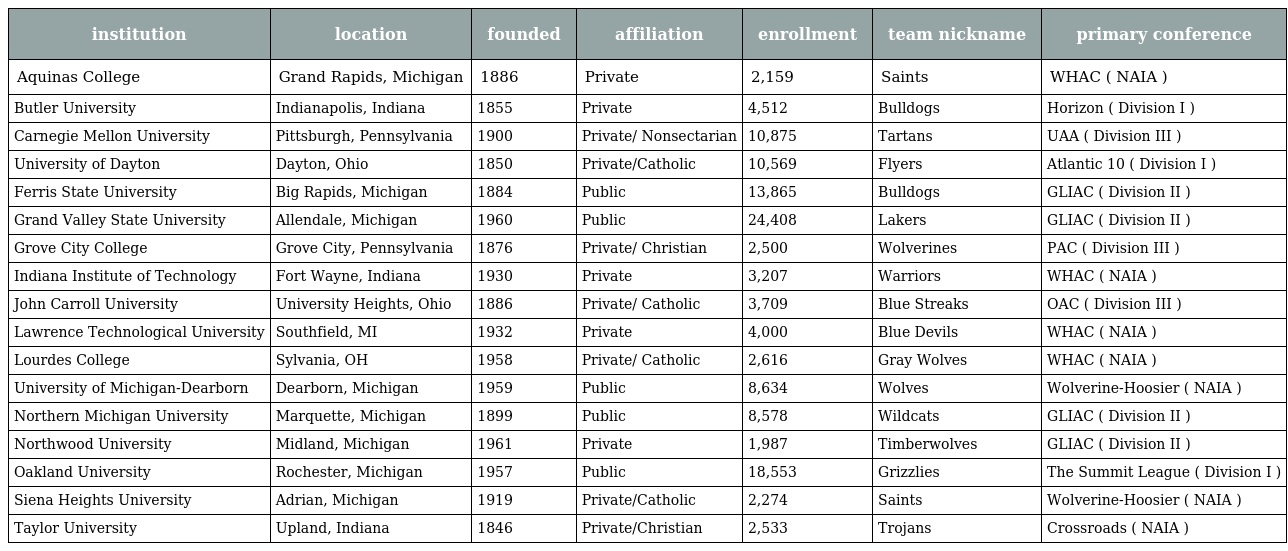
| institution | location | founded | affiliation | enrollment | team nickname | primary conference |
 | --- | --- | --- | --- | --- | --- | --- |
 | Aquinas College | Grand Rapids, Michigan | 1886 | Private | 2,159 | Saints | WHAC ( NAIA ) |
 | Butler University | Indianapolis, Indiana | 1855 | Private | 4,512 | Bulldogs | Horizon ( Division I ) |
 | Carnegie Mellon University | Pittsburgh, Pennsylvania | 1900 | Private/ Nonsectarian | 10,875 | Tartans | UAA ( Division III ) |
 | University of Dayton | Dayton, Ohio | 1850 | Private/Catholic | 10,569 | Flyers | Atlantic 10 ( Division I ) |
 | Ferris State University | Big Rapids, Michigan | 1884 | Public | 13,865 | Bulldogs | GLIAC ( Division II ) |
 | Grand Valley State University | Allendale, Michigan | 1960 | Public | 24,408 | Lakers | GLIAC ( Division II ) |
 | Grove City College | Grove City, Pennsylvania | 1876 | Private/ Christian | 2,500 | Wolverines | PAC ( Division III ) |
 | Indiana Institute of Technology | Fort Wayne, Indiana | 1930 | Private | 3,207 | Warriors | WHAC ( NAIA ) |
 | John Carroll University | University Heights, Ohio | 1886 | Private/ Catholic | 3,709 | Blue Streaks | OAC ( Division III ) |
 | Lawrence Technological University | Southfield, MI | 1932 | Private | 4,000 | Blue Devils | WHAC ( NAIA ) |
 | Lourdes College | Sylvania, OH | 1958 | Private/ Catholic | 2,616 | Gray Wolves | WHAC ( NAIA ) |
 | University of Michigan-Dearborn | Dearborn, Michigan | 1959 | Public | 8,634 | Wolves | Wolverine-Hoosier ( NAIA ) |
 | Northern Michigan University | Marquette, Michigan | 1899 | Public | 8,578 | Wildcats | GLIAC ( Division II ) |
 | Northwood University | Midland, Michigan | 1961 | Private | 1,987 | Timberwolves | GLIAC ( Division II ) |
 | Oakland University | Rochester, Michigan | 1957 | Public | 18,553 | Grizzlies | The Summit League ( Division I ) |
 | Siena Heights University | Adrian, Michigan | 1919 | Private/Catholic | 2,274 | Saints | Wolverine-Hoosier ( NAIA ) |
 | Taylor University | Upland, Indiana | 1846 | Private/Christian | 2,533 | Trojans | Crossroads ( NAIA ) |